Newspaper: The Hawaiian star. [volume]
Place of publication: Honolulu [Oahu]
Publisher: Hawaiian Star Newspaper Association
Date: 1895-05-18 00:00:00
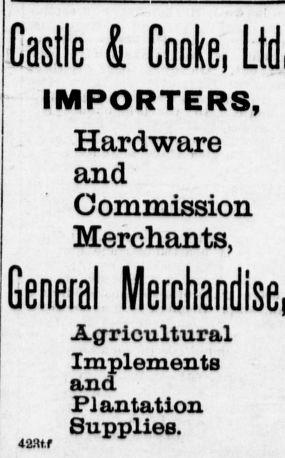
Advertisement text (OCR):
Castle & Cooke, IMPORTERS, Hardware and Commission Merchants, Genera! Agricultural Implements and. Fiantatlon Supplies. 42atr
Label: text-only